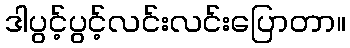
ဒါပွင့်ပွင့်လင်းလင်းပြောတာ။